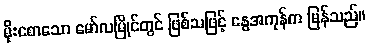
မိုးစောသော မော်လမြိုင်တွင် ဖြစ်သဖြင့် နွေအကုန်က မြန်သည်။